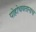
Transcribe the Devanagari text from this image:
पोहोचवतानाच